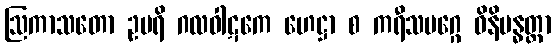
ဩကာသတော ဥပရိ ဂလဝါဋကေ ဟေဋ္ဌာ စ ကရီသမဂ္ဂေ ဝိနိဗန္ဓတ္တာ